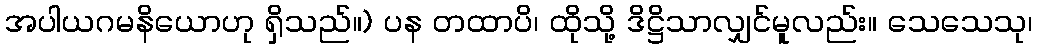
အပါယဂမနိယောဟု ရှိသည်။) ပန တထာပိ၊ ထိုသို့ ဒိဋ္ဌိသာလျှင်မူလည်း။ သေသေသု၊